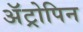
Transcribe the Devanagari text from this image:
अॅट्रोपिन